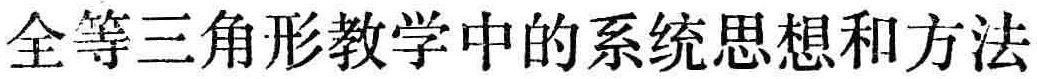
全等三角形教学中的系统思想和方法